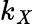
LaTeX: k_{\mathit{X}}